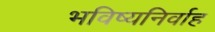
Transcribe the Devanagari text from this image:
भविष्यनिर्वाह